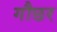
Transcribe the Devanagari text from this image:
गौछर